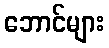
ဘောင်များ